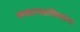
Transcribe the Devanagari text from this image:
श्मशानवासियांना